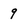
Character: 9